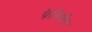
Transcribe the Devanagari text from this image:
फ़ेनिलीन